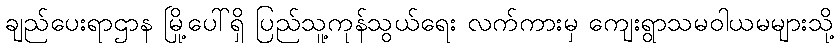
ချည်ပေးရာဌာန မြို့ပေါ်ရှိ ပြည်သူ့ကုန်သွယ်ရေး လက်ကားမှ ကျေးရွာသမဝါယမများသို့